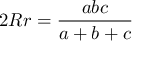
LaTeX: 2 R r = { \frac { a b c } { a + b + c } }